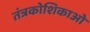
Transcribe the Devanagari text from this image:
तंत्रकोशिकाओं